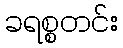
ခရစ္စတင်း